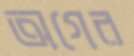
অগের